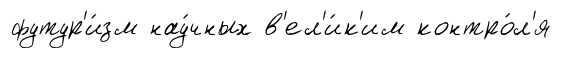
футур'и́зм нау́чных в'ел'и́к'им контро́л'я